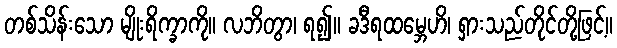
တစ်သိန်းသော မျိုးရိက္ခာကို။ လဘိတွာ၊ ရ၍။ ခဒီရထမ္ဘေဟိ၊ ရှားသည်တိုင်တို့ဖြင့်။